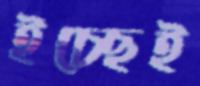
ইচ্ছেই